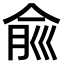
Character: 𠉽